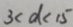
3 < d < 1 5